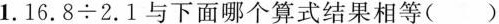
1.$$16.8 \div 2.1$$与下面哪个算式结果相等（）